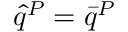
\hat { q } ^ { P } = \bar { q } ^ { P }